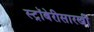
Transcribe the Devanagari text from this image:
स्ट्रॉबेरीसारखी